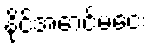
နိုင်အောင်မငေး